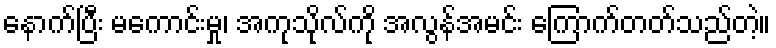
နောက်ပြီး မကောင်းမှု၊ အကုသိုလ်ကို အလွန်အမင်း ကြောက်တတ်သည်တဲ့။